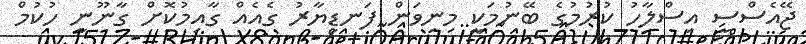
ޖޭއެސްސީ އިސްލާހު ކުރުމުގެ ބޭނުމަކީ މިނިވަން ފަނޑިޔާރު ގެއެއް ގާއިމުކޮށް ގާނޫނީ ހުކުމް